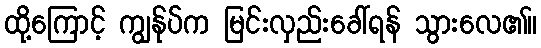
ထို့ကြောင့် ကျွန်ုပ်က မြင်းလှည်းခေါ်ရန် သွားလေ၏။